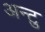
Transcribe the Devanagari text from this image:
अन्टु